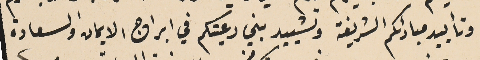
وتأييد مبادئكم الشريفة وتشييد بني رعيتكم في ابراج الايمان والسعادة